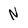
Character: N